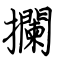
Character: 攔